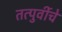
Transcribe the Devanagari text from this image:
तत्पुर्वीचे